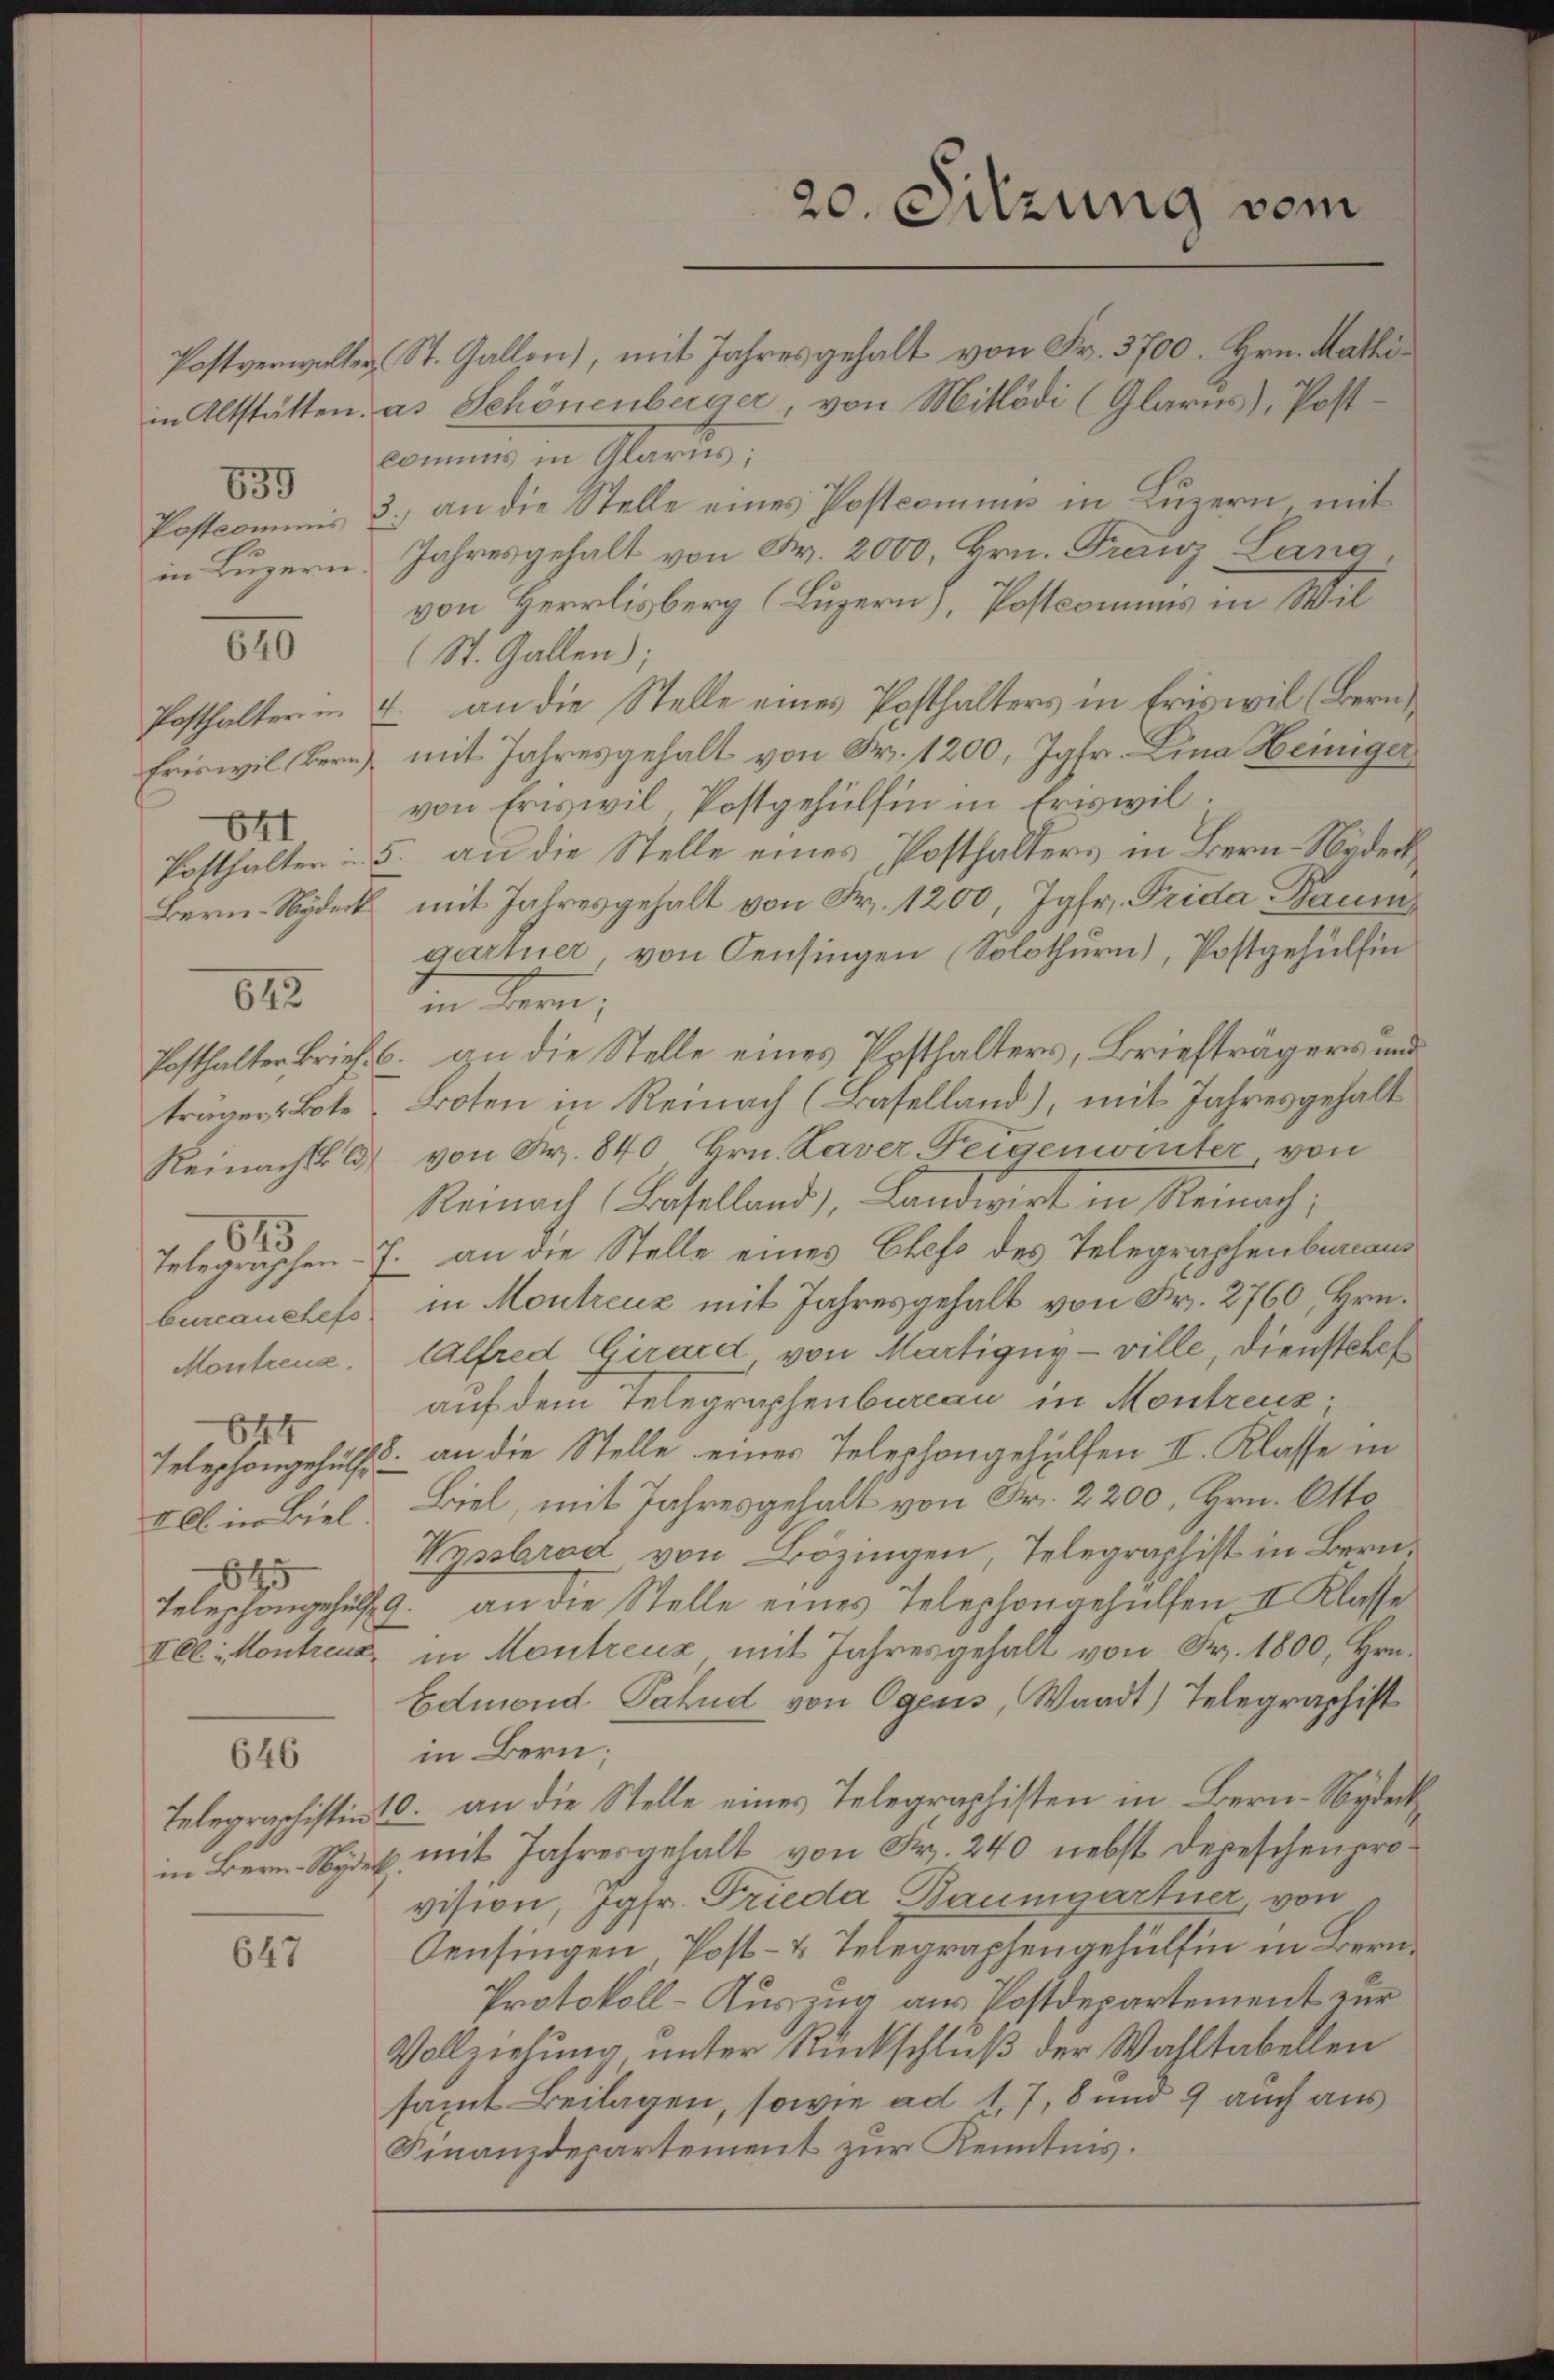
Postverwalter
in Altstätten.
839
Postcommis
in Luzern.

640

Posthalter u.
Eriswil Bern
641
Posthalter in
Bern-Nydeck

träger Bote
Reinacht. A
645
bureau chefs
Montreux.
644
Iel in Biel.
64

642

646

647

20. Sitzung vom

St. Gallen), mit Jahres gehalt von Fr. 3700. Hrn. Mathi
as Schönenberger, von Mitlödi (Glarus), Postcommis in Glarus;
3.) an die Stelle eines Postcommis in Luzern mit
Jahresgehalt von Fr. 2000, Hrn. Franz Lang
von Herrliberg (Luzern), Postcommis in Wil
(St. Gallen);
4. an die Stelle eines Posthalters in Eriswil (Bern
mit Jahresgehalt von Fr. 1200, Jgfr. Lina Heiniger
von Friswil, Postgehülfen in Eriswil.
5. an die Stelle eines Posthalters in Bern-Nydeck
mit Jahresgehalt von Fr. 1200, Jgfr. Frida Baum
gartner, von Censingen (Solothurn), Postgehülfin
in Bern;
Posthalter Brief. b. an die Stelle eines Posthalters, Briefträgers und
Broten in Reinach (Baselland), mit Jahresgehalt
von Nr. 840 Hrn. Kaver Feigenwinter von
Reinach (Baselland), Landwirt in Reinach;
Telegraphen- 7. an die Stelle eines Chefs des Telegraphenbureaus
in Montreuz mit Jahresgehalt von Fr. 2760, Hrn.
lalfred Girard von Martigny - ville, Dienstehe
auf dem Telegraphenbureau in Montreuz,
Telephongehülfe an die Stelle eines Telephongehülfen II. Klasse in
Biel, mit Jahresgehalt von Fr. 2200, Hrn. Otto
Wyssbrad von Bözingen, Telegraphist in Bern.
Telephonges 9. an die Stelle eines Telephongehülfen II Klasse
Ill. Kontreue in Montreuz mit Jahresgehalt von Fr. 1800, Hrn.
Edmond Fahnd von Ogens, Waadt) Telegraphist
in Bern;
Telegraschistin 10. an die Stelle eines Telegraphisten in Bern-Nydeck
in Bern Nyde, mit Jahresgehalt von Fr. 240 nebst dereschenprovision, Jgfr. Frieda Baumgartner, von
Censingen Post- & Telegraphengehülfen in Bern¬
Protokoll-Auszug aus Postdepartement zur
Vollziehung unter Rückschluß der Wahltabellen
samt Beilagen, sowie ad 1, 7, 8 und 9 auch aus
Finanzdepartement zur Kenntnis.